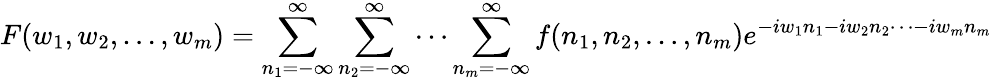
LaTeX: F(w_{1},w_{2},\dots,w_{m})=\sum_{n_{1}=-\infty}^{\infty}\sum_{n_{2}=-\infty}^{\infty}\cdots\sum_{n_{m}=-\infty}^{\infty}f(n_{1},n_{2},\dots,n_{m})e^{-iw_{1}n_{1}-iw_{2}n_{2}\cdots-iw_{m}n_{m}}